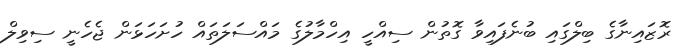
ރޮޒައިނާގެ ބިލްގައި ބުނެފައިވާ ގޮތުން ސިއްހީ އިހްމާލުގެ މައްސަލަތައް ހުށަހަޅަން ޖެހެނީ ސިވިލް